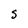
Character: s